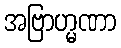
အဗြာဟ္မဏာ